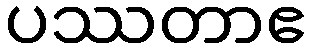
ပဿတာဧ